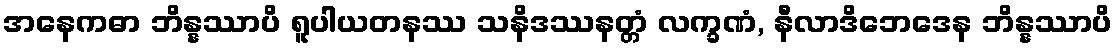
အနေကဓာ ဘိန္နဿာပိ ရူပါယတနဿ သနိဒဿနတ္တံ လက္ခဏံ, နီလာဒိဘေဒေန ဘိန္နဿာပိ